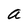
Character: a